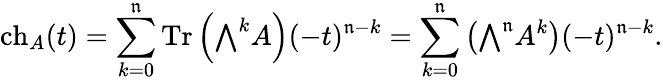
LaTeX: \operatorname{ch}_{A}(t)=\sum_{k=0}^{\mathfrak{n}}\operatorname{Tr}\left({\textstyle\bigwedge}^{k}A\right)(-t)^{\mathfrak{n}-k}=\sum_{k=0}^{\mathfrak{n}}\left({\textstyle\bigwedge}^{\mathfrak{n}}A^{k}\right)(-t)^{\mathfrak{n}-k}.